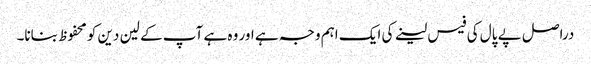
دراصل پے پال کی فیس لینے کی ایک اہم وجہ ہے اور وہ ہے آپ کے لین دین کو محفوظ بنانا۔